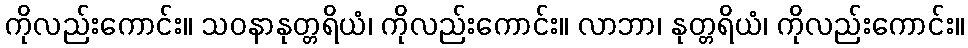
ကိုလည်းကောင်း။ သဝနာနုတ္တရိယံ၊ ကိုလည်းကောင်း။ လာဘာ၊ နုတ္တရိယံ၊ ကိုလည်းကောင်း။